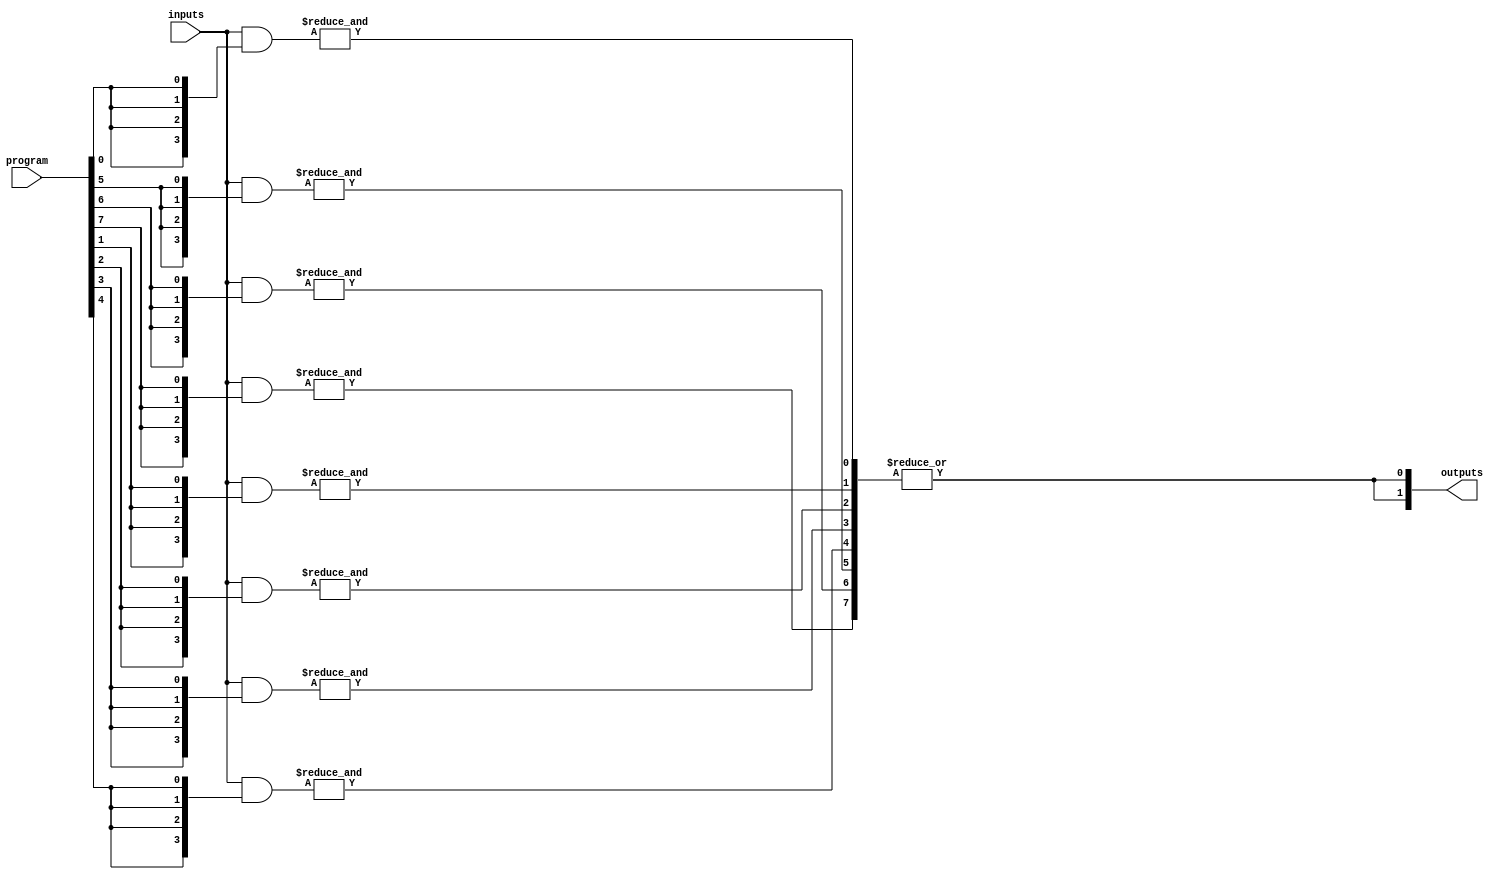
module FlashProgrammablePAL #(
    parameter NUM_INPUTS = 4,        // Number of input lines
    parameter NUM_AND_TERMS = 8,     // Number of AND gates (product terms)
    parameter NUM_OUTPUTS = 2         // Number of output lines
)(
    input wire [NUM_INPUTS-1:0] inputs,  // Input lines
    input wire [NUM_AND_TERMS-1:0] program, // Programming input (flash memory configuration)
    output wire [NUM_OUTPUTS-1:0] outputs // Output lines
);

// Internal signals
wire [NUM_AND_TERMS-1:0] and_outputs; // Outputs from AND gates

// Generate the AND array based on the programmed connections
genvar i, j;
generate
    for (i = 0; i < NUM_AND_TERMS; i = i + 1) begin : and_array
        wire [NUM_INPUTS-1:0] and_inputs;
        assign and_inputs = inputs & {NUM_INPUTS{program[i]}}; // AND with programmed input
        assign and_outputs[i] = &and_inputs; // AND gate output
    end
endgenerate

// Fixed OR array to combine AND outputs
generate
    for (j = 0; j < NUM_OUTPUTS; j = j + 1) begin : or_array
        assign outputs[j] = |and_outputs; // ORing all AND outputs for simplicity
    end
endgenerate

endmodule